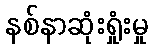
နစ်နာဆုံးရှုံးမှု